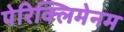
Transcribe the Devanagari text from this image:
पेरिक्लिमेनम